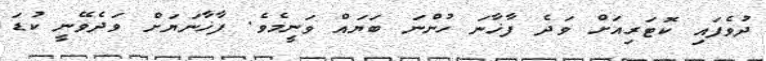
ދުވެފައި ކޮޓަރިއަށް ވަދެ ފާޚާނަ ހުންނަ ބަޔައް ވަނީމެވެ. ފާޚާނަޔަށް ވަދެވޭނީ ކުޑަ